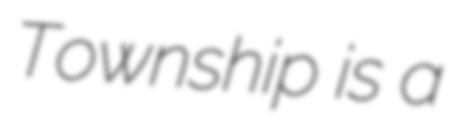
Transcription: Township is a